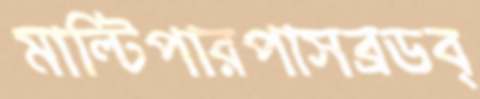
মাল্টিপারপাসব্রডব্